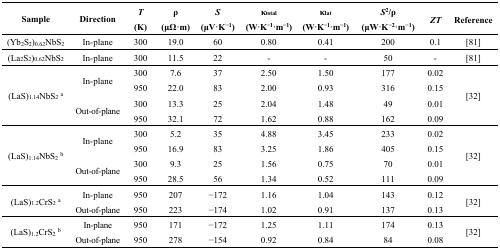
<table><thead><tr><td><b>Sample</b></td><td><b>Direction</b></td><td><b><i>T</i> (K)</b></td><td><b>ρ (μΩ·m)</b></td><td><b><i>S</i> (μV·K<sup>−1</sup>)</b></td><td><b>κ<sub>total</sub> (W·K<sup>−1</sup>·m<sup>−1</sup>)</b></td><td><b>κ<sub>lat</sub> (W·K<sup>−1</sup>·m<sup>−1</sup>)</b></td><td><b><i>S</i><sup>2</sup>/ρ (μW·K<sup>−2</sup>·m<sup>−1</sup>)</b></td><td><b><i>ZT</i></b></td><td><b>Reference</b></td></tr></thead><tbody><tr><td>(Yb<sub>2</sub>S<sub>2</sub>)<sub>0.62</sub>NbS<sub>2</sub></td><td>In-plane</td><td>300</td><td>19.0</td><td>60</td><td>0.80</td><td>0.41</td><td>200</td><td>0.1</td><td>[81]</td></tr><tr><td>(La<sub>2</sub>S<sub>2</sub>)<sub>0.62</sub>NbS<sub>2</sub></td><td>In-plane</td><td>300</td><td>11.5</td><td>22</td><td>-</td><td>-</td><td>50</td><td>-</td><td>[81]</td></tr><tr><td rowspan="4">(LaS)<sub>1.14</sub>NbS<sub>2</sub><sup>a</sup></td><td rowspan="2">In-plane</td><td>300</td><td>7.6</td><td>37</td><td>2.50</td><td>1.50</td><td>177</td><td>0.02</td><td rowspan="4">[32]</td></tr><tr><td>950</td><td>22.0</td><td>83</td><td>2.00</td><td>0.93</td><td>316</td><td>0.15</td></tr><tr><td rowspan="2">Out-of-plane</td><td>300</td><td>13.3</td><td>25</td><td>2.04</td><td>1.48</td><td>49</td><td>0.01</td></tr><tr><td>950</td><td>32.1</td><td>72</td><td>1.62</td><td>0.88</td><td>162</td><td>0.09</td></tr><tr><td rowspan="4">(LaS)<sub>1.14</sub>NbS<sub>2</sub><sup>b</sup></td><td rowspan="2">In-plane</td><td>300</td><td>5.2</td><td>35</td><td>4.88</td><td>3.45</td><td>233</td><td>0.02</td><td rowspan="4">[32]</td></tr><tr><td>950</td><td>16.9</td><td>83</td><td>3.25</td><td>1.86</td><td>405</td><td>0.15</td></tr><tr><td rowspan="2">Out-of-plane</td><td>300</td><td>9.3</td><td>25</td><td>1.56</td><td>0.75</td><td>70</td><td>0.01</td></tr><tr><td>950</td><td>28.5</td><td>56</td><td>1.34</td><td>0.52</td><td>111</td><td>0.09</td></tr><tr><td rowspan="2">(LaS)<sub>1.2</sub>CrS<sub>2</sub><sup>a</sup></td><td>In-plane</td><td>950</td><td>207</td><td>−172</td><td>1.16</td><td>1.04</td><td>143</td><td>0.12</td><td rowspan="2">[32]</td></tr><tr><td>Out-of-plane</td><td>950</td><td>223</td><td>−174</td><td>1.02</td><td>0.91</td><td>137</td><td>0.13</td></tr><tr><td rowspan="2">(LaS)<sub>1.2</sub>CrS<sub>2</sub><sup>b</sup></td><td>In-plane</td><td>950</td><td>171</td><td>−172</td><td>1.25</td><td>1.11</td><td>174</td><td>0.13</td><td rowspan="2">[32]</td></tr><tr><td>Out-of-plane</td><td>950</td><td>278</td><td>−154</td><td>0.92</td><td>0.84</td><td>84</td><td>0.08</td></tr></tbody></table>